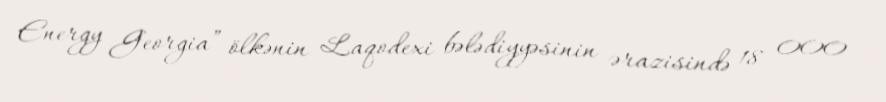
Energy Georgia” ölkənin Laqodexi bələdiyyəsinin ərazisində 18 000